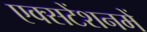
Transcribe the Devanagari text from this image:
एक्सटेंशनमें